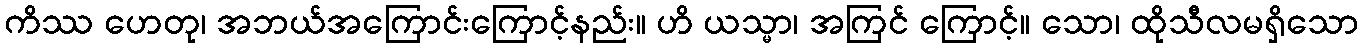
ကိဿ ဟေတု၊ အဘယ်အကြောင်းကြောင့်နည်း။ ဟိ ယသ္မာ၊ အကြင် ကြောင့်။ သော၊ ထိုသီလမရှိသော